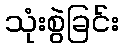
သုံးစွဲခြင်း